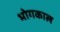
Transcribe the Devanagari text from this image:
भोगकाल